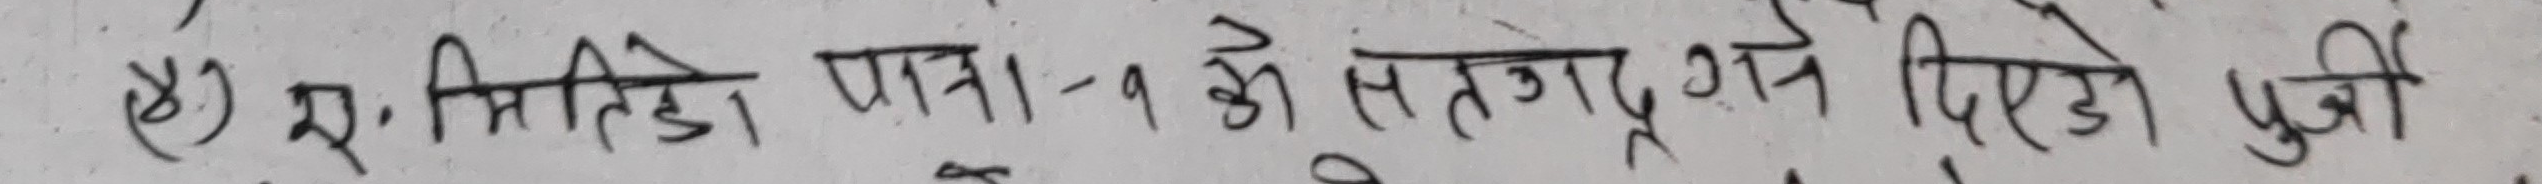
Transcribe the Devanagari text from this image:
ऐ) भू. मितिडे पाता -१ को सत्रु अन्य दिएको पुजी